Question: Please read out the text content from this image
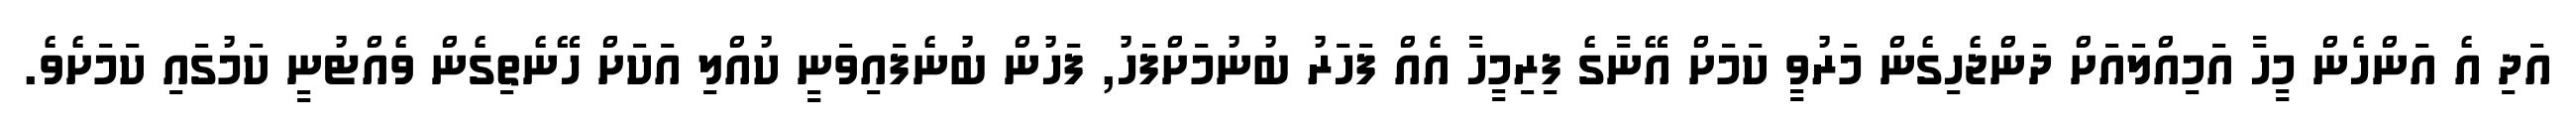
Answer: އަދި އެ އަންހެން މީހާ އަމިއްލައަށް ދަންޖެހިގެން މަރުވީ ކަމަށް އޭނާގެ ފިރިމީހާ އެއް ފަހަރު ބުނުމަށްފަހު, ފަހުން ބުނެފައިވަނީ ކުއްލި އަކަށް ހޭނެތިގެން ވެއްޓުނީ ކަމުގައި ކަމަށެވެ.